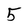
Character: 5